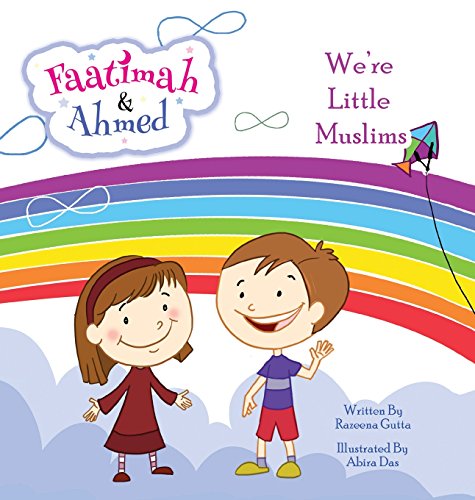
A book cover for Faatimah and Ahmed - We're Little Muslims; Razeena Gutta; Children's Books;